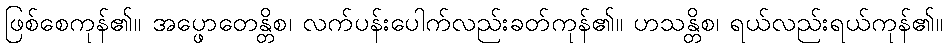
ဖြစ်စေကုန်၏။ အပ္ဖောတေန္တိစ၊ လက်ပန်းပေါက်လည်းခတ်ကုန်၏။ ဟသန္တိစ၊ ရယ်လည်းရယ်ကုန်၏။